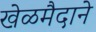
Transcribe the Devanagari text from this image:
खेळमैदाने